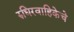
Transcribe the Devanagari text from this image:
रुधिरवाहिकेचे